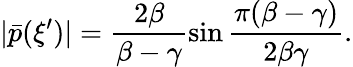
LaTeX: |\bar{p}(\xi^{\prime})|=\frac{2\beta}{\beta-\gamma}\sin\frac{\pi(\beta-\gamma)}{2\beta\gamma}.